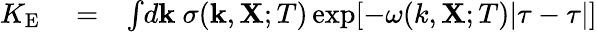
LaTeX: \begin{array}{rlr}{K_{\textrm{E}}}&{{}=}&{\int\! d{\textbf{k}}\ \sigma({\textbf{k}},{\textbf{X}};T)\exp[-\omega(k,{\textbf{X}};T)|\tau-\tau|]}\end{array}